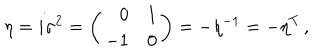
\eta = i \sigma ^ { 2 } = \left( \begin{array} { r c } { { 0 } } & { { 1 } } \\ { { - 1 } } & { { 0 } } \\ \end{array} \right) = - \eta ^ { - 1 } = - \eta ^ { T } \, ,